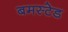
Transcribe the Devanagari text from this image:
बमस्टेड